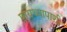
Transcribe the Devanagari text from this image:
पायथ्यापाशी